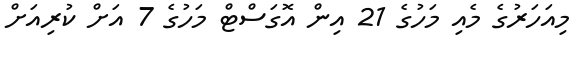
މިއަހަރުގެ މެއި މަހުގެ 21 އިން އޮގަސްޓް މަހުގެ 7 އަށް ކުރިއަށް